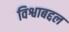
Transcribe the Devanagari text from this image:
विश्वाबद्दल